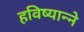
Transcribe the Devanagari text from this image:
हविष्यान्ने